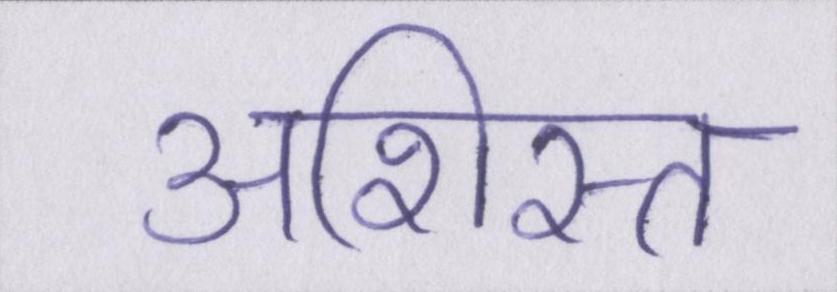
अशिस्त